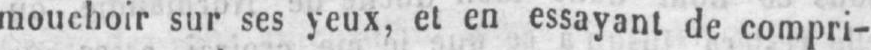
mouchoir sur ses yeux, et en essayant de compri-